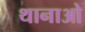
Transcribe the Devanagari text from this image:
थानाओ